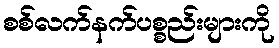
စစ်လက်နက်ပစ္စည်းများကို